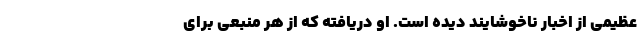
عظیمی از اخبار ناخوشایند دیده است. او دریافته که از هر منبعی برای